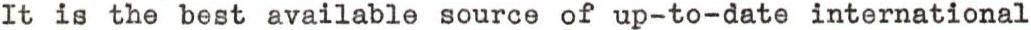
It is the best available source of up-to-date international